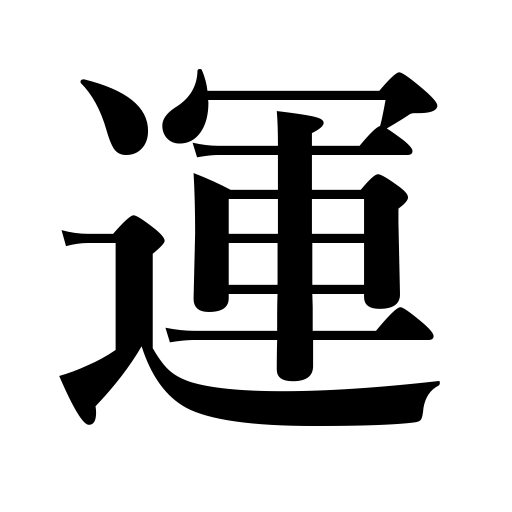
Meanings: destiny,transport,fortune,lot,fate,progress,luck,advance,carry